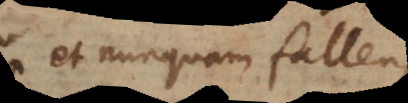
et nunquam fallens,